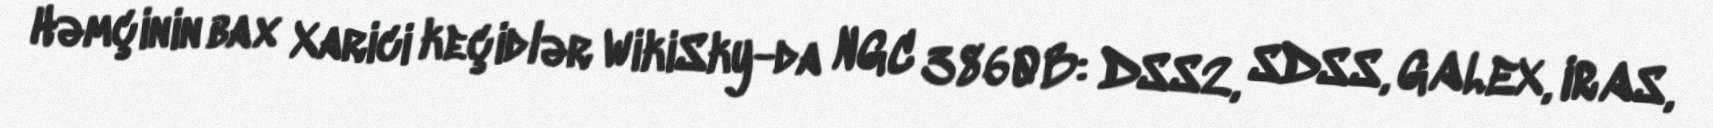
Həmçinin bax Xarici keçidlər WikiSky-da NGC 3860B: DSS2, SDSS, GALEX, IRAS,